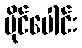
မိုင်ပေါင်း